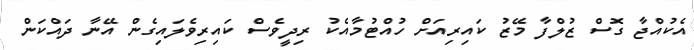
އެކުއްޖާ ގޮސް ޒުލްފާ މޭޒު ކައިރިއަށް ހުއްޓުމާއެކު ރިދީވެސް ކައިރިވެލައިގެން އޭނާ ދައްކަން